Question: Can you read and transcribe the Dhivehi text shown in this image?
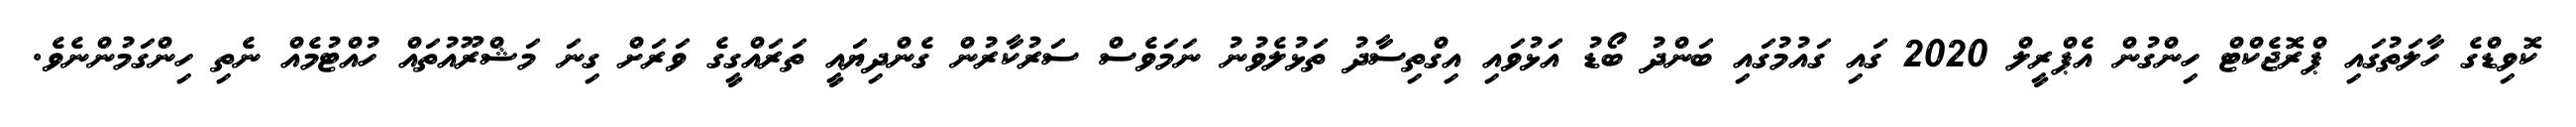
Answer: ކޮވިޑްގެ ހާލަތުގައި ޕްރޮޖެކްޓް ހިންގުން އެޕްރީލް 2020 ގައި ގައުމުގައި ބަންދު ބޯޑު އަޅުވައި އިގްތިސާދު ތަޅުލެވުނު ނަމަވެސް ސަރުކާރުން ގެންދިޔައީ ތަރައްގީގެ ވަރަށް ގިނަ މަޝްރޫއުތައް ހުއްޓުމެއް ނެތި ހިންގަމުންނެވެ.